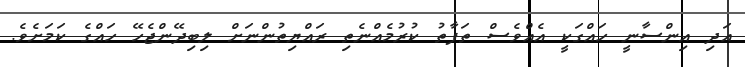
އަދި އިންސާނީ ހައްގަކީ އެއްވެސް ތަފާތު ކުރުމެއްނެތި ރައްޔިތުންނަށް ލިބިދޭންޖެހޭ ހައްގެ ކަމަށެވެ.